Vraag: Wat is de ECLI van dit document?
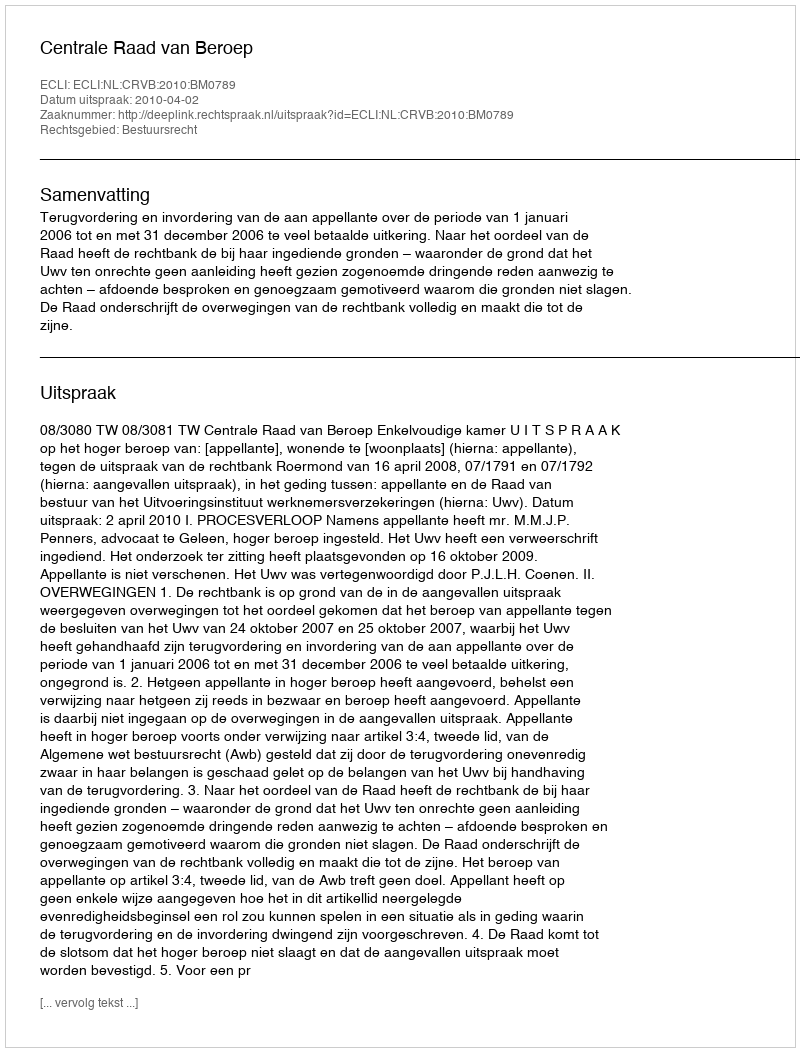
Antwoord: ECLI:NL:CRVB:2010:BM0789